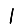
Digit: 1